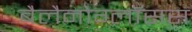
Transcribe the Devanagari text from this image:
बैलैनोग्लॉसस